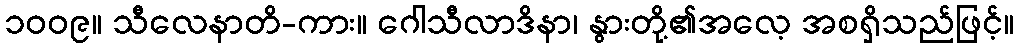
၁၀၀၉။ သီလေနာတိ-ကား။ ဂေါသီလာဒိနာ၊ နွားတို့၏အလေ့ အစရှိသည်ဖြင့်။